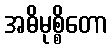
အဓိမုစ္စိတော